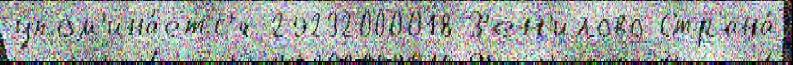
упом'ина́етс'я 29232000018 З'ен'илово Страна́